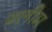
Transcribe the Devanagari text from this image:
ग्लीम